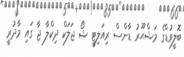
ބޮލީވުޑްގެ މަޝްޙޫރު ޑާންސް ރިއަލިޓީ ޝޯ ޖަލަކް ދިކްލާ ޖާ ގައި މާދުރީ